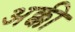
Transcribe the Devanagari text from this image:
अक्की